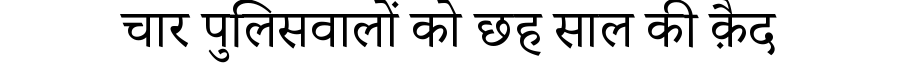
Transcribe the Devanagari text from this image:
चार पुलिसवालों को छह साल की क़ैद